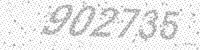
Solution: 902735